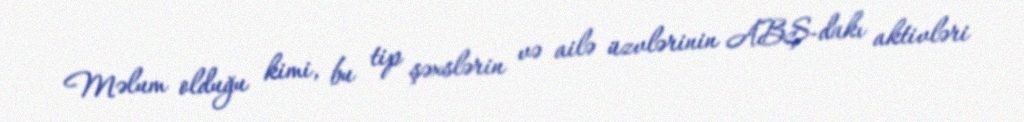
Məlum olduğu kimi, bu tip şəxslərin və ailə üzvlərinin ABŞ-dakı aktivləri